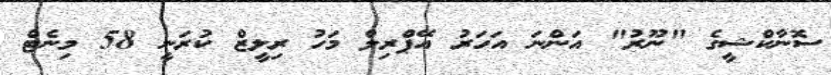
ސޮނާކްޝީގެ "ނޫރު" އަންނަ އަހަރު އޭޕްރިލް މަހު ރިލީޒް ކުރަނީ 58 މިނެޓް